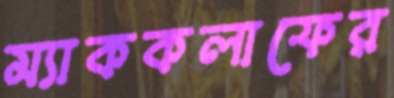
ম্যাককলাফের